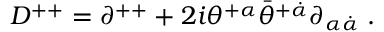
D ^ { + + } = \partial ^ { + + } + 2 i \theta ^ { + \alpha } \bar { \theta } ^ { + \dot { \alpha } } \partial _ { \alpha \dot { \alpha } } \; .